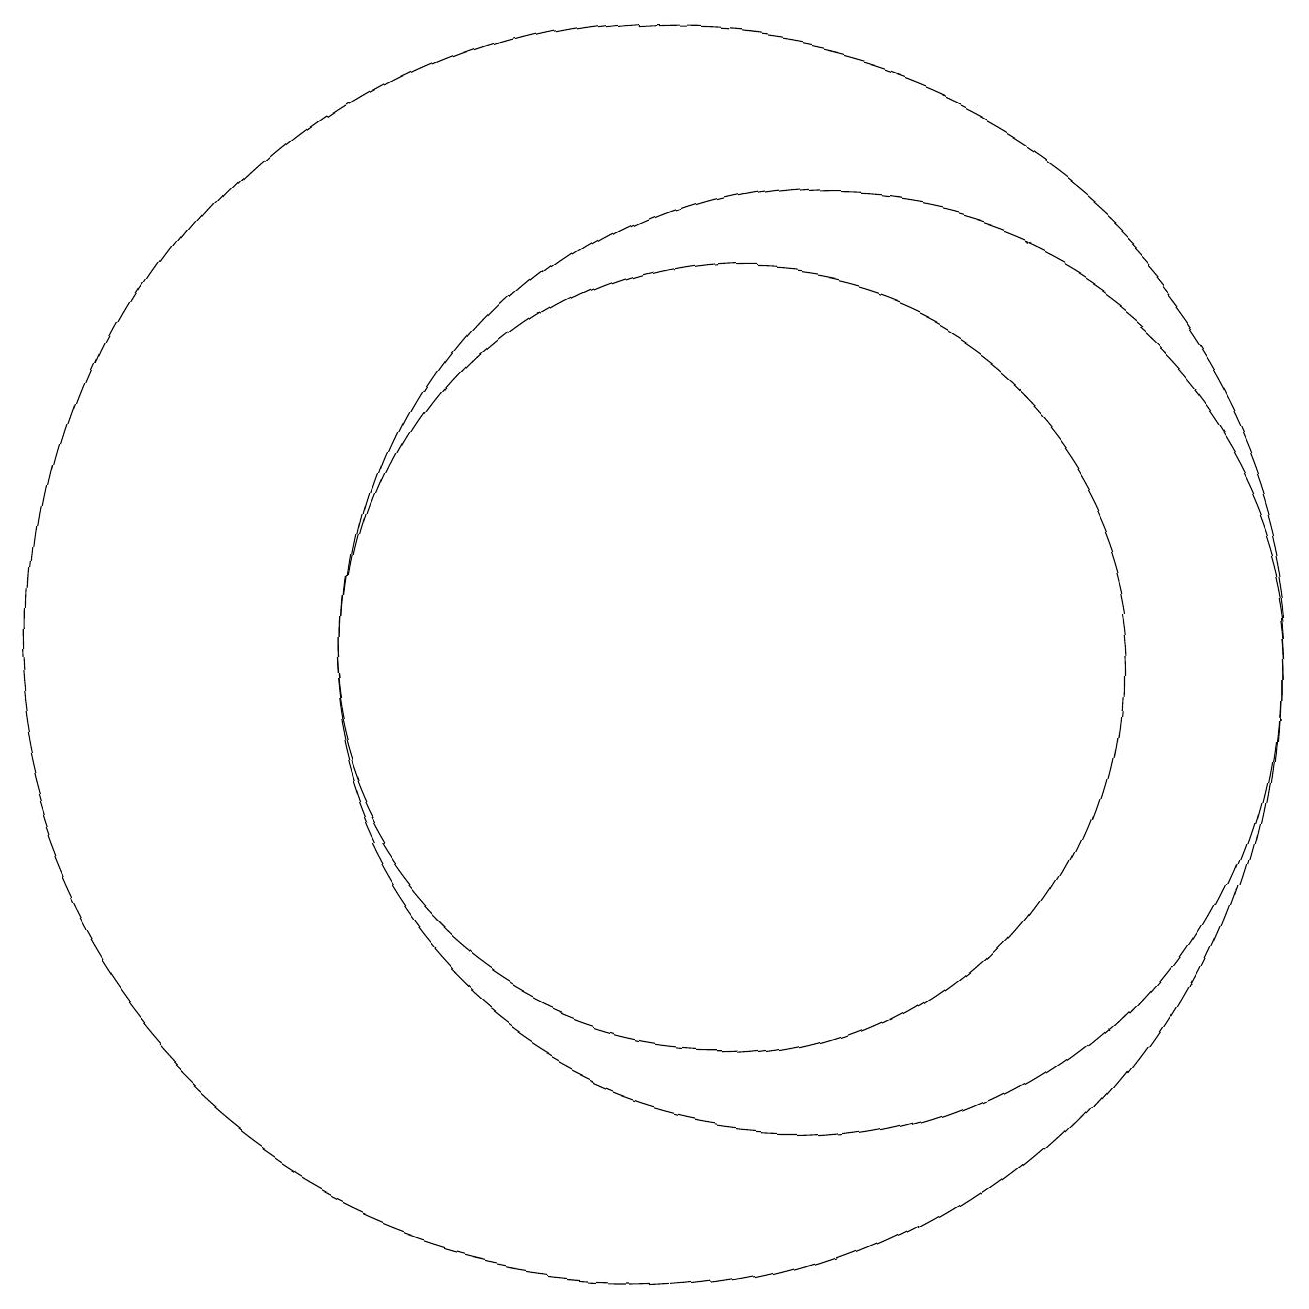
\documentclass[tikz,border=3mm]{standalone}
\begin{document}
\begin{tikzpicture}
\draw (10,11) circle (8);
\draw (11,11) circle (5);
\draw (12,11) circle (6);
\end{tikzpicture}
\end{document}